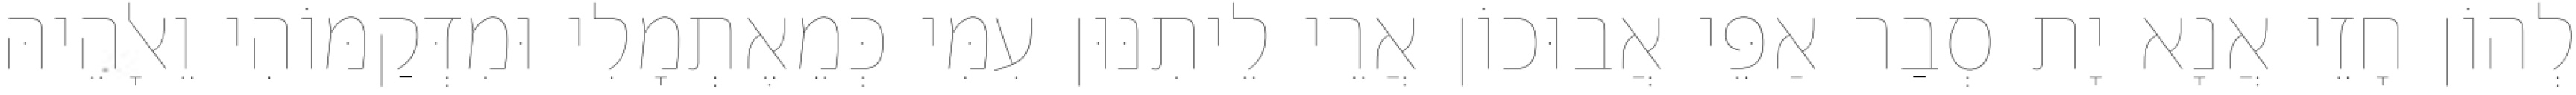
לְהוֹן חָזֵי אֲנָא יָת סְבַר אַפֵּי אֲבוּכוֹן אֲרֵי לֵיתִנּוּן עִמִּי כְּמֵאֶתְמָלִי וּמִדְּקַמּוֹהִי וֵאלָהֵיהּ